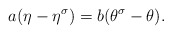
\begin{align*}a(\eta-\eta^\sigma)=b(\theta^\sigma-\theta). \end{align*}